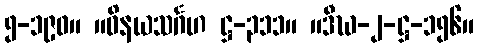
၅-၁၉၀။ ။ဝိနယသင်္ဂဟ ဋ္ဌ-၃၁၁။ ။ဒီဃ-၂-ဋ္ဌ-၁၅၆။